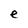
Character: e